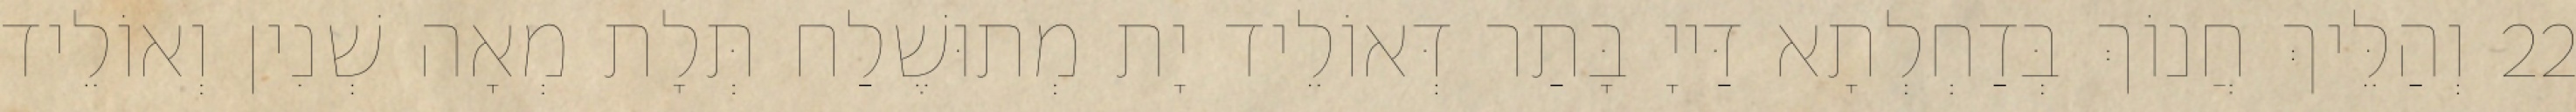
22 וְהַלֵּיךְ חֲנוֹךְ בְּדַחְלְתָא דַּייָ בָּתַר דְּאוֹלֵיד יָת מְתוּשֶׁלַח תְּלָת מְאָה שְׁנִין וְאוֹלֵיד